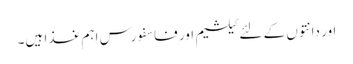
اور دانتوں کے لئے کیلشیم اور فاسفورس اہم غذا ہیں۔